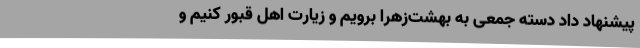
پیشنهاد داد دسته جمعی به بهشت‌زهرا برویم و زیارت اهل قبور کنیم و